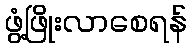
ဖွံ့ဖြိုးလာစေရန်